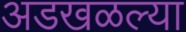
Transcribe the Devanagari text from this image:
अडखळल्या